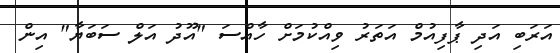
އަރަބި އަދި ޕާފިއުމް އަތަރު ވިއްކުމަށް ހާއްސަ "އޫދު އަލް ސަބަޔާ" އިން